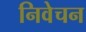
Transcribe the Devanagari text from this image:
निवेचन